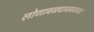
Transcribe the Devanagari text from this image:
लोणावळ्याजवळच्या